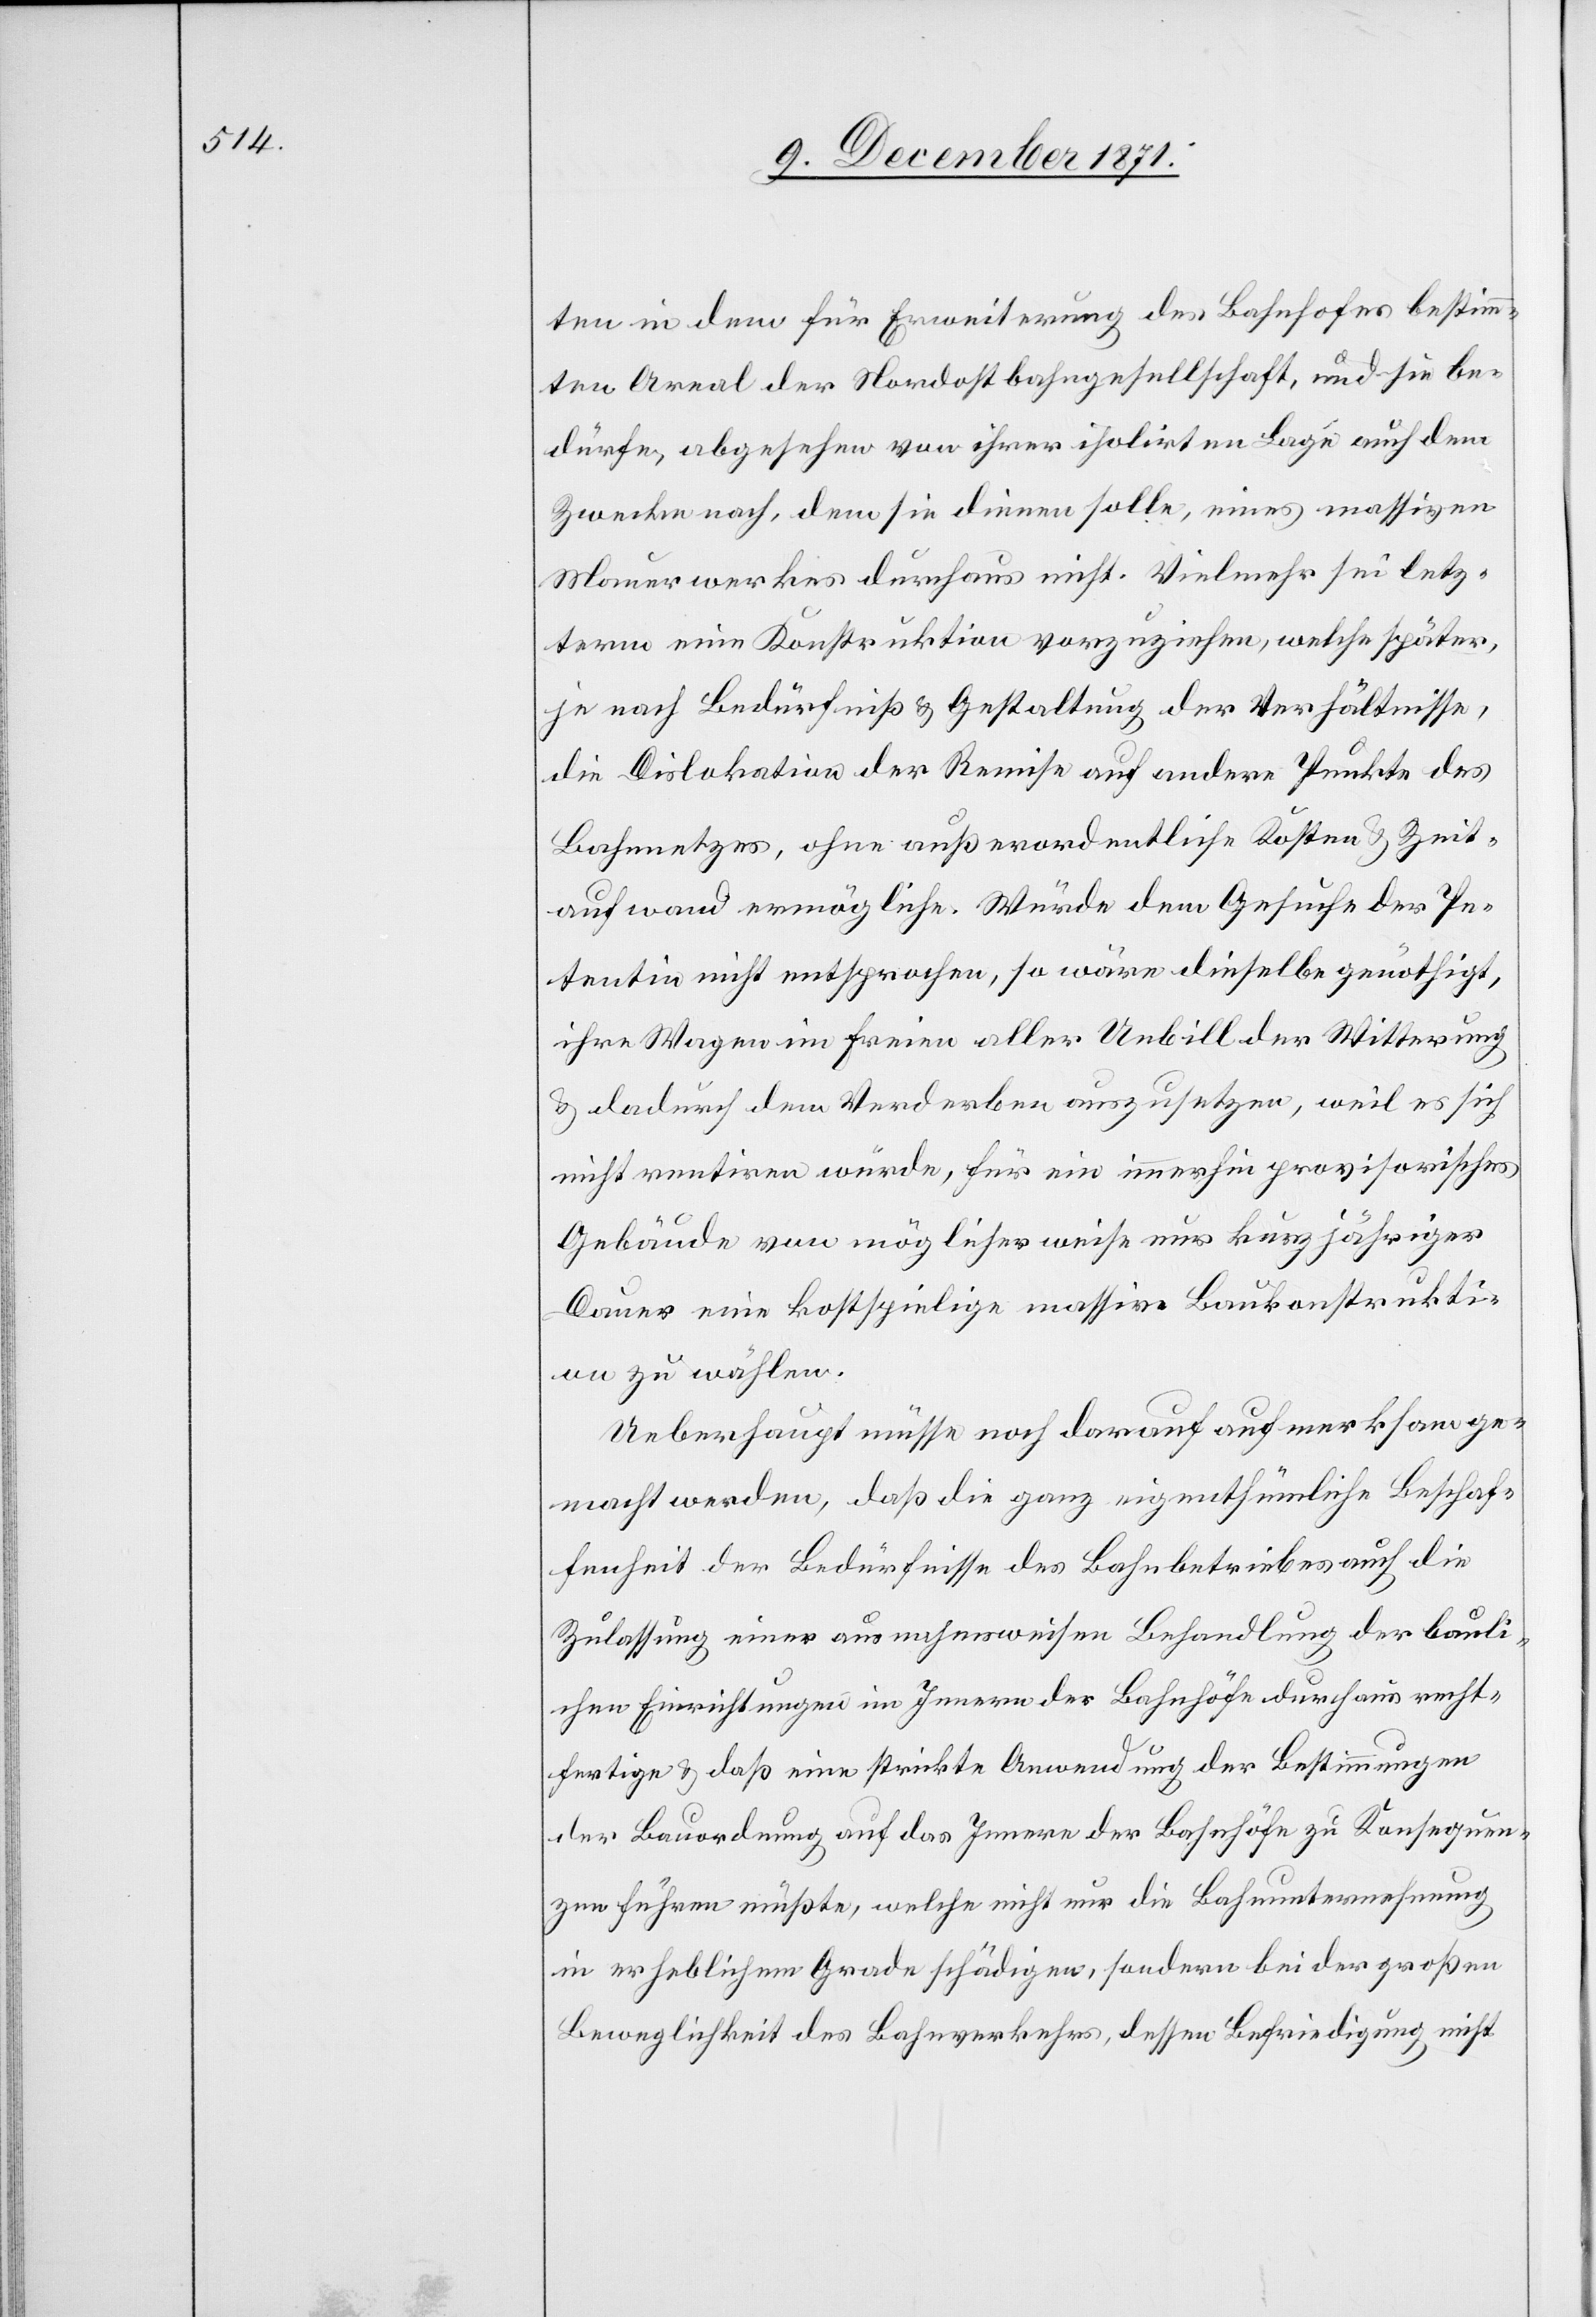
ten in dem für Erweiterung des Bahnhofes bestimm¬
ten Areal der Nordostbahngesellschaft, und sie be¬
dürfe, abgesehen von ihrer isolirten Lage auch dem
Zwecke nach, dem sie dienen solle, eines massiven
Mauerwerkes durchaus nicht. Vielmehr sei letz¬
term eine Konstruktion vorzuziehen, welche später,
je nach Bedürfniß & Gestaltung der Verhältnisse,
die Dislokation der Remise auf andere Punkte des
Bahnnetzes, ohne außerordentliche Kosten & Zeit¬
aufwand ermögliche. Würde dem Gesuche der Pe¬
tentin nicht entsprochen, so wäre dieselbe genöthigt,
ihre Wagen im Freien aller Unbill der Witterung
& dadurch dem Verderben auszusetzen, weil es sich
nicht rentieren würde, für ein immerhin provisorisches
Gebäude von möglicherweise nur kurzjähriger
Dauer eine kostspielige massive Baukonstrukti¬
on zu wählen.
Ueberhaupt müsse noch darauf aufmerksam ge¬
macht werden, daß die ganz eigenthümliche Beschaf¬
fenheit der Bedürfnisse des Bahnbetriebes auch die
Zulassung einer ausnahmsweisen Behandlung der bauli¬
chen Einrichtungen im Innern der Bahnhöfe durchaus recht¬
fertige & daß eine strikte Anwendung der Bestimmungen
der Bauordnung auf das Innere der Bahnhöfe zu Konsequen¬
zen führen müßte, welche nicht nur die Bahnunternehmung
in erheblichem Grade schädigen, sondern bei der großen
Beweglichkeit des Bahnverkehrs, dessen Befriedigung nicht